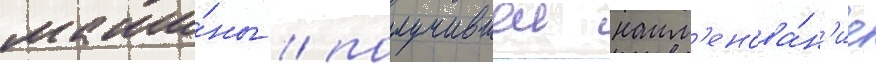
маши́ны / получившеи наим'енова́н'ие